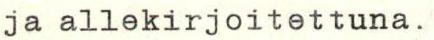
ja allekirjoitettuna.